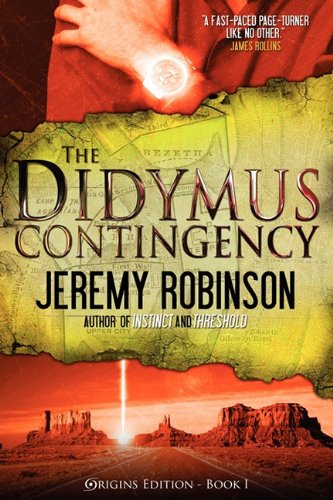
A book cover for The Didymus Contingency (Origins Edition); Jeremy Robinson; Christian Books & Bibles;